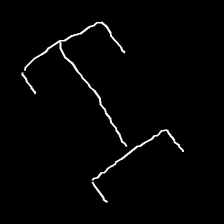
Glyph: entwine